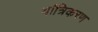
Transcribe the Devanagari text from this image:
यांत्रिकरण